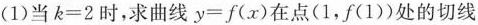
(1)当$$k=2$$时，求曲线$$y=f(x)$$在点(1，f(1))处的切线